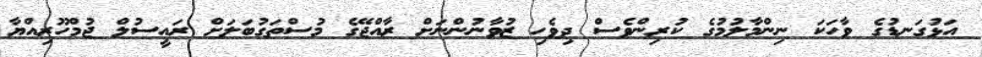
އަޅުގަނޑުގެ ވާހަކަ ނިންމާލުމުގެ ކުރިންވެސް ދިވެހި ޒުވާނުންނަށް ރާއްޖޭގެ މުސްތަގުބަލަށް ރައީސުލް ޖުމްހޫރިއްޔާ